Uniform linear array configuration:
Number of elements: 32
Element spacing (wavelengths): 0.5
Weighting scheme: binomial
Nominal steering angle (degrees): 60
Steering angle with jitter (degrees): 61.833
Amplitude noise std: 0.05
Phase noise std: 0.05

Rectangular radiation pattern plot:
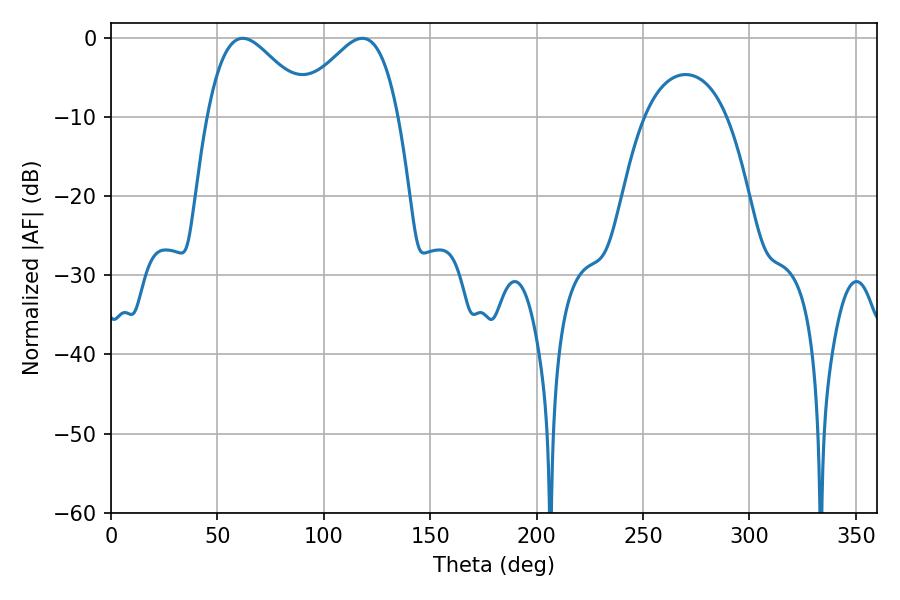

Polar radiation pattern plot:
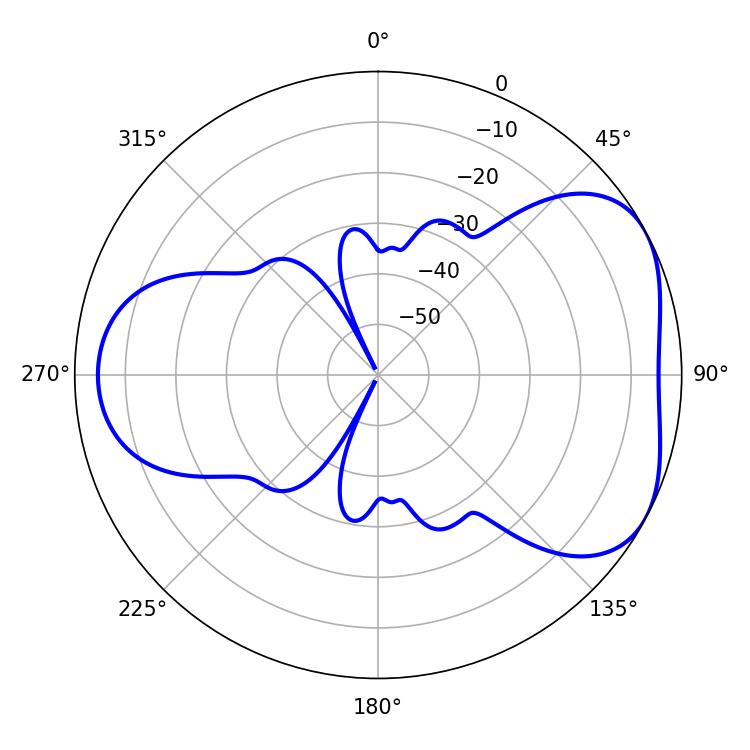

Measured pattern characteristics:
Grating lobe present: FALSE
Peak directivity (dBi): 4.674
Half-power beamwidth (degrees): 25.74
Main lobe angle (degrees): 61.92